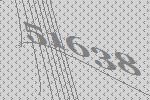
51638